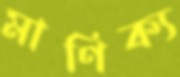
মাণিক্য